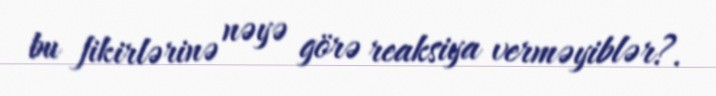
bu fikirlərinə nəyə görə reaksiya verməyiblər?.